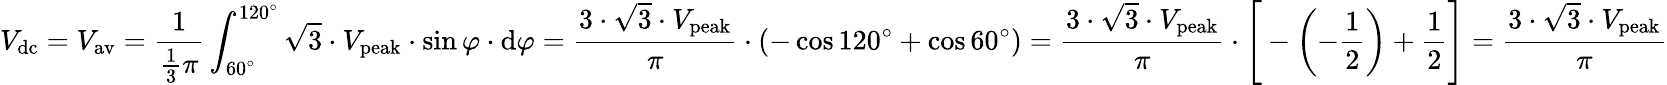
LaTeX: V_{\mathrm{dc}}=V_{\mathrm{av}}={\frac{1}{{\frac{1}{3}}\pi}}\int_{60^{\circ}}^{120^{\circ}}{\sqrt{3}}\cdot V_{\mathrm{peak}}\cdot\sin\varphi\cdot\mathrm{d}\varphi={\frac{3\cdot{\sqrt{3}}\cdot V_{\mathrm{peak}}}{\pi}}\cdot\left(-\cos 120^{\circ}+\cos 60^{\circ}\right)={\frac{3\cdot{\sqrt{3}}\cdot V_{\mathrm{peak}}}{\pi}}\cdot{\Biggl[}-\left(-{\frac{1}{2}}\right)+{\frac{1}{2}}{\Biggl]}={\frac{3\cdot{\sqrt{3}}\cdot V_{\mathrm{peak}}}{\pi}}